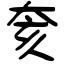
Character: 奒